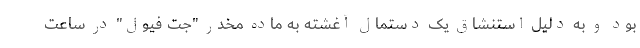
بود و به دلیل استنشاق یک دستمال آغشته به ماده مخدر "جت فیول" در ساعت